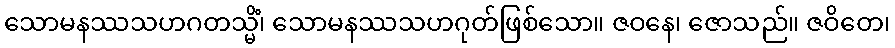
သောမနဿသဟဂတသ္မိံ၊ သောမနဿသဟဂုတ်ဖြစ်သော။ ဇဝနေ၊ ဇောသည်။ ဇဝိတေ၊